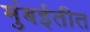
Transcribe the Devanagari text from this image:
मुंबईतीत